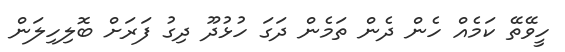
ހީވޭތޭ ކަމެއް ހެން ދެން ތަމެން ދަގަ ހުޅުދޫ ދިގު ފަރަށް ބޮލިހިލަން